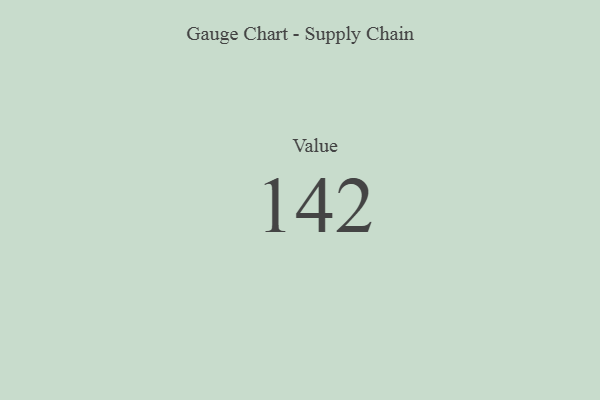
{"axis": {"x": "Metric", "y": "Value"}, "legend": [""], "data": [{"x": "Value", "y": 142, "type": ""}]}